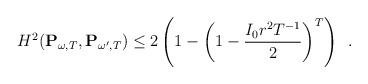
LaTeX: \begin{align*} H^2(\mathbf{P}_{\omega,T} , \mathbf{P}_{\omega',T}) \leq 2\left(1 - \left(1 - \frac{I_{0}r^2T^{-1}}{2}\right)^T\right)\enspace.\end{align*}